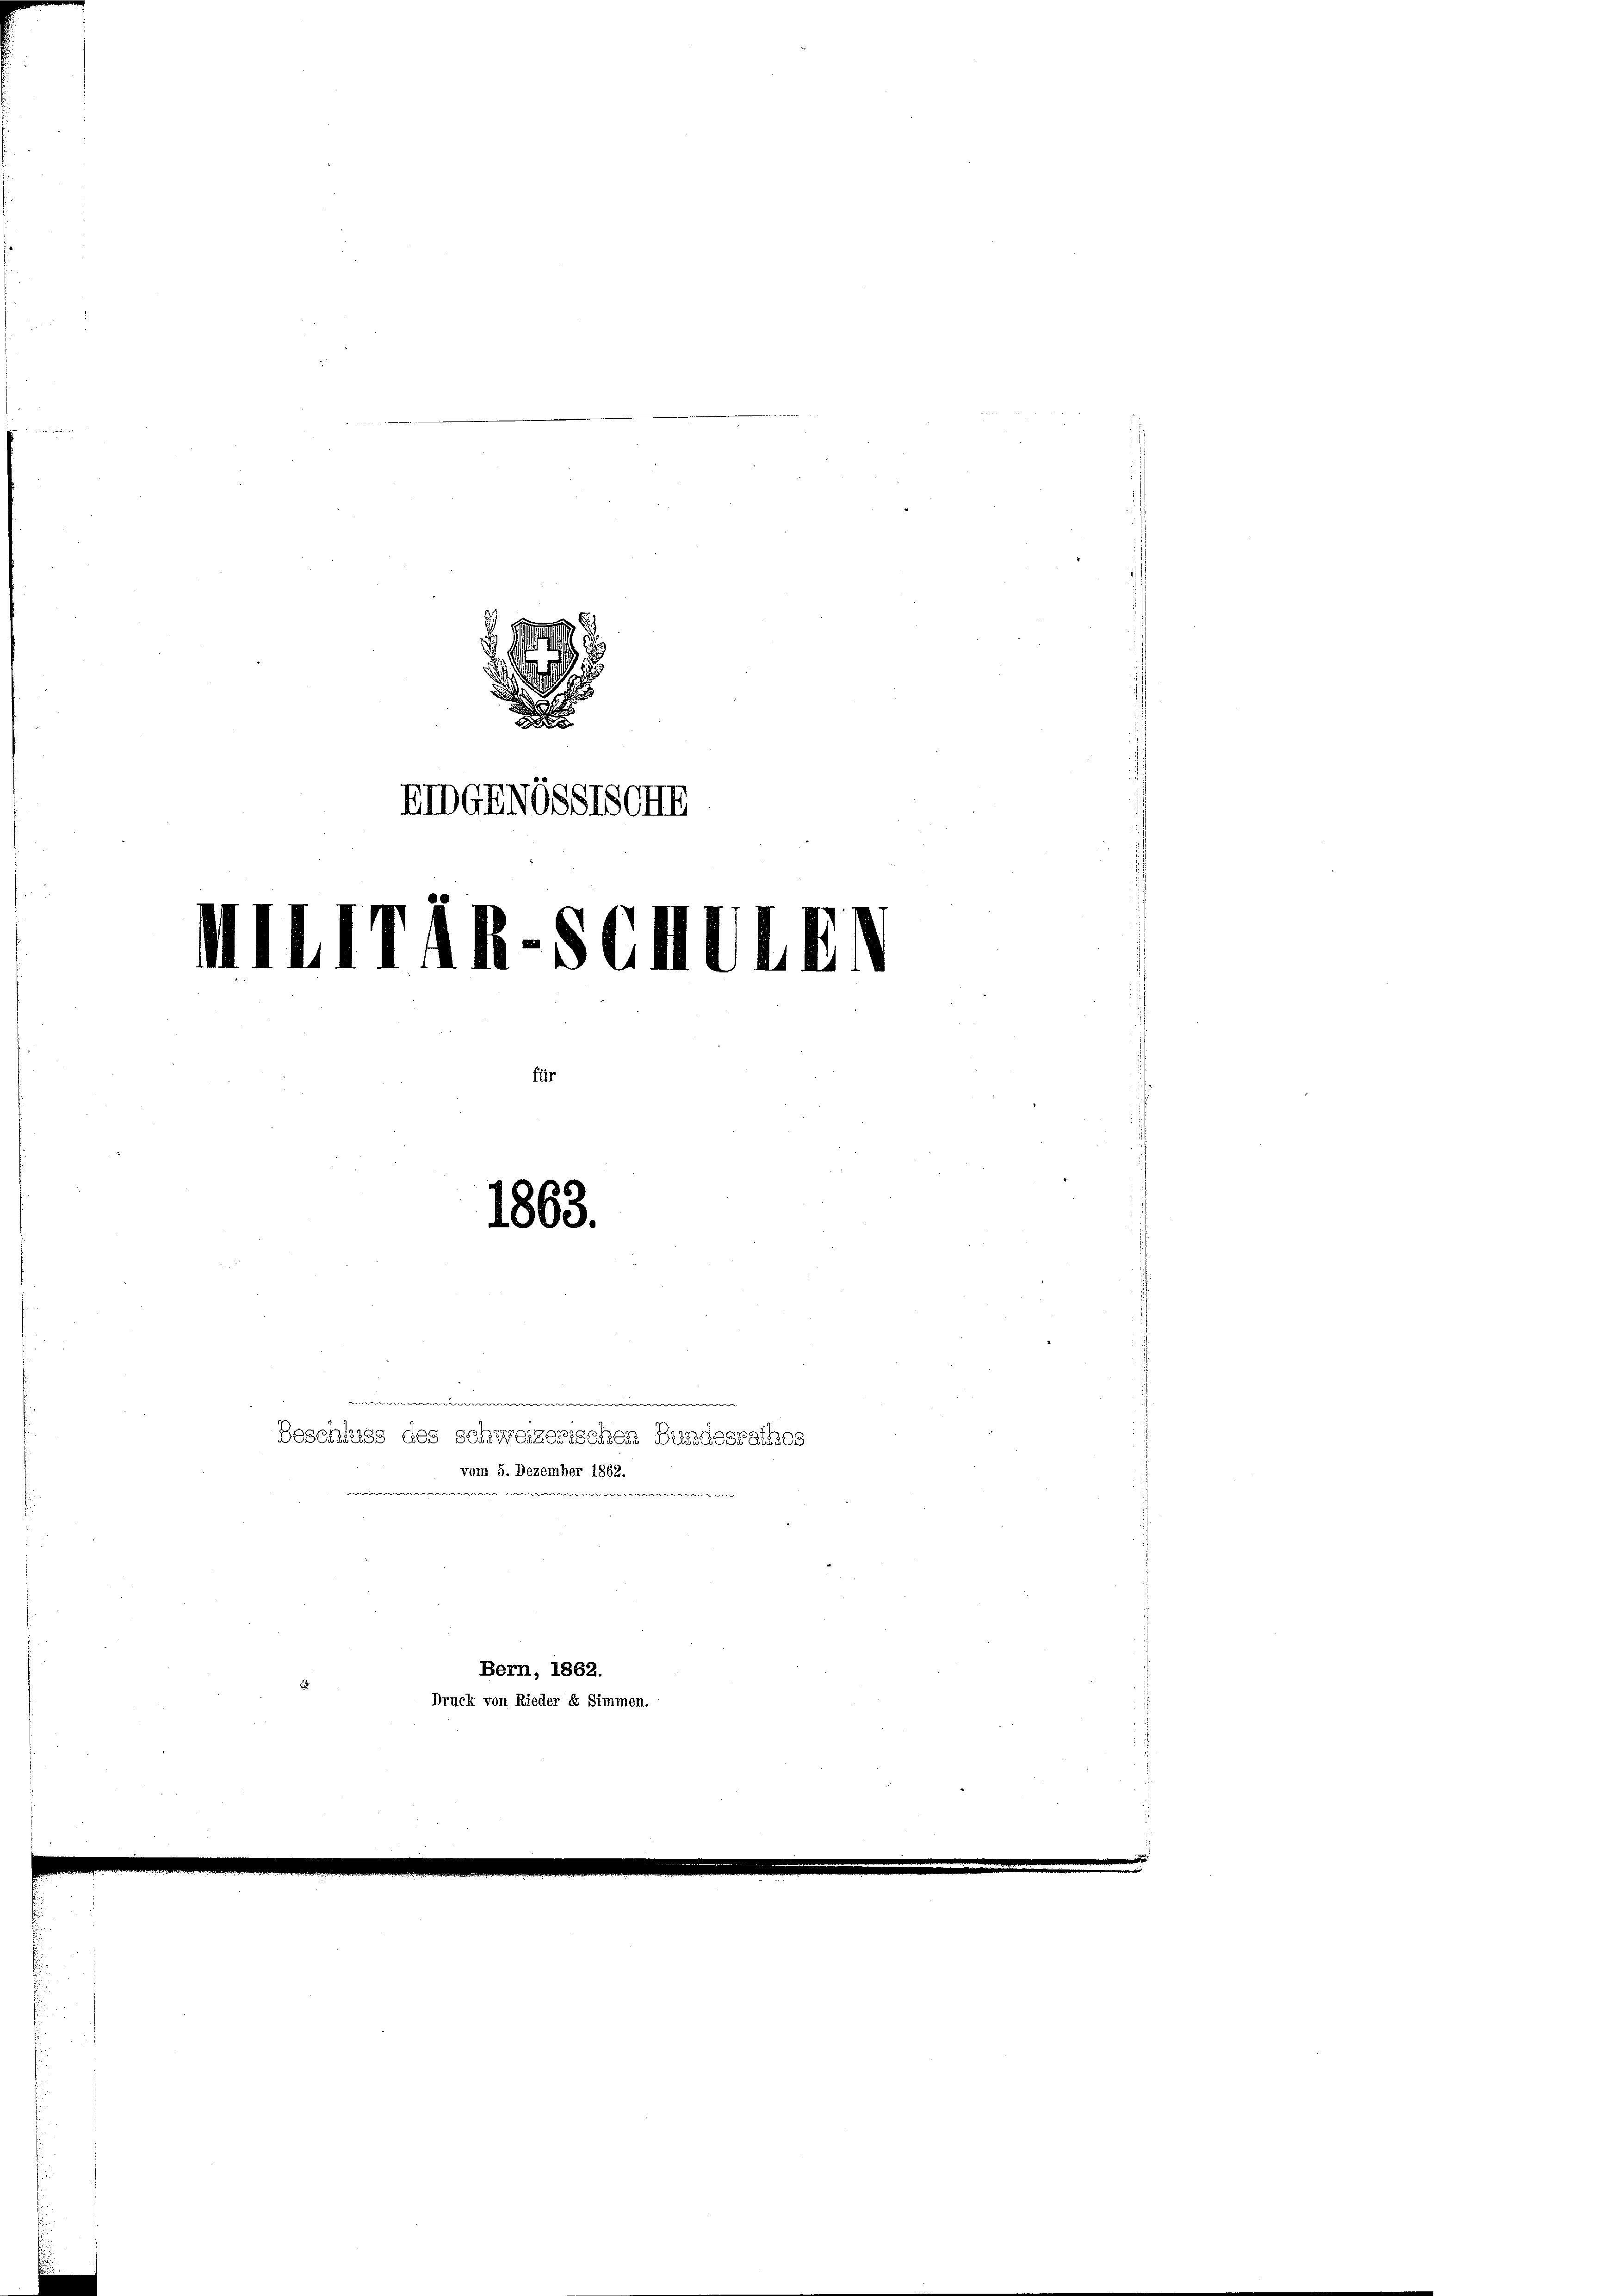
d
.

EIDGENSSTSCHE
Militar-Schulen

e

1863.

Beschluss des schweizerischen Bundesrathes
vom 5. Dezember 1862.
e
Bern, 1862.
Druck von Rieder Er Simmen.